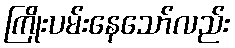
ကြိုးပမ်းနေသော်လည်း